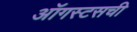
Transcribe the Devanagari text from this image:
ऑगस्टसची